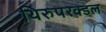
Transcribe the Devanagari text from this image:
थिरुपरक्डल